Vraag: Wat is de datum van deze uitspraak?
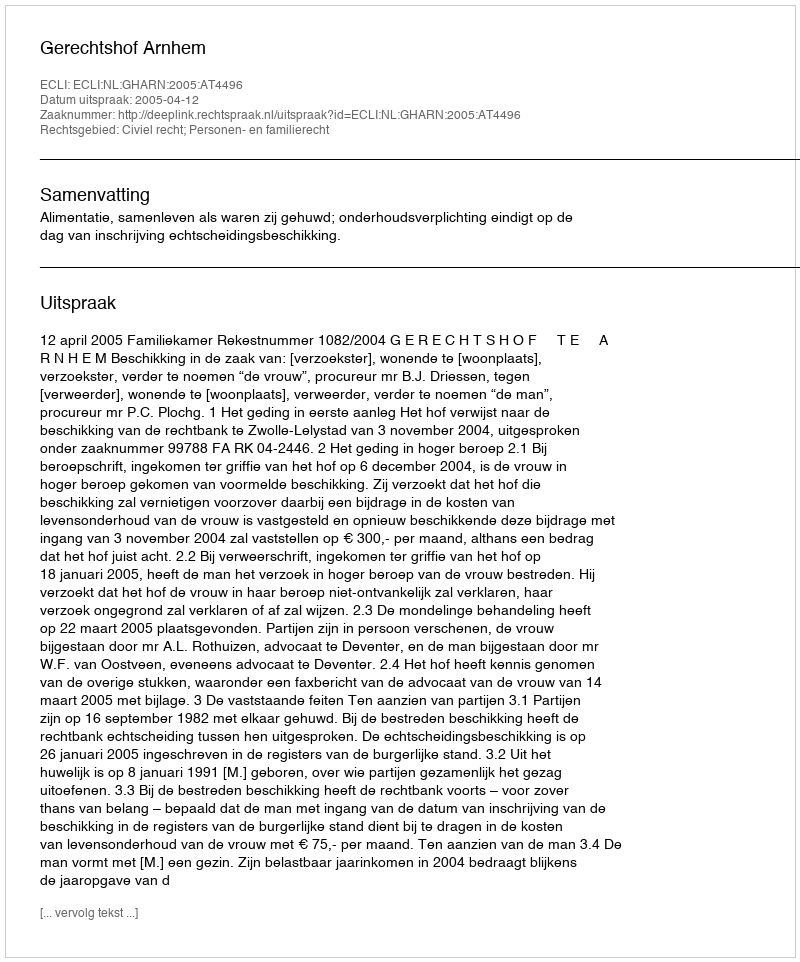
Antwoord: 2005-04-12